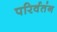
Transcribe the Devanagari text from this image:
परिर्वतंन